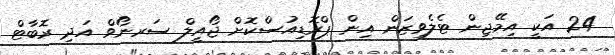
24 އަކީ އިމޭޖިން ޓެލެވިޒަން އިން ޕްރޮޑިއުސްކޮށް ޖޯއީލް ސަރނޯވް އަދި ރޮބާޓް